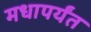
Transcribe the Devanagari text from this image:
मधापर्यंत